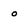
Character: 0